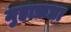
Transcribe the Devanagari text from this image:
मुहाफ़धा